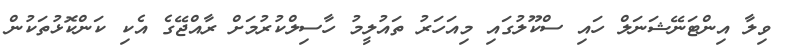
ވިލާ އިންޓަނޭޝަނަލް ހައި ސްކޫލުގައި މިއަހަރު ތައުލީމު ހާސިލްކުރުމަށް ރާއްޖޭގެ އެކި ކަންކޮޅުތަކުން